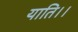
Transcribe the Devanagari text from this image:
याति।।